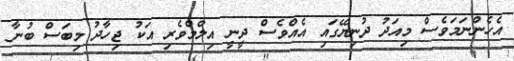
އެހެންނަމަވެސް މިއަދު ދުނިޔޭގައި އެއްވެސް ދީނީ އިލްމްވެރި އަކު ޖިހާދު މިބަސް ބުނާ